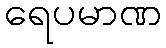
ရေပမာဏ